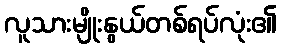
လူသားမျိုးနွယ်တစ်ရပ်လုံး၏